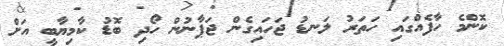
ކޮންމެ ހާފެއްގައި ހަތަރު ލަނޑު ޖަހައިގެން ޖަޕާނުން ހޯދި ބޮޑު ކާމިޔާބީ އަށް